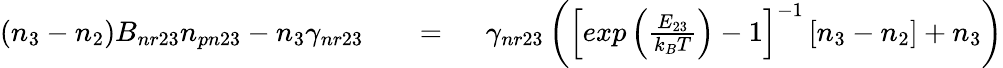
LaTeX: \begin{array}{rlrl}{(n_{3}-n_{2})B_{nr23}n_{pn23}-n_{3}\gamma_{nr23}}&{{}}&{=\; \; }&{{}\gamma_{nr23}\left(\left[exp\left(\frac{E_{23}}{k_{B}T}\right)-1\right]^{-1}\left[n_{3}-n_{2}\right]+n_{3}\right)}\end{array}